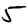
Digit: 5